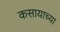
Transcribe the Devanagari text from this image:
कसायाच्या